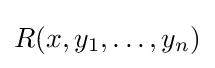
R(x,y_{1},\ldots ,y_{n})